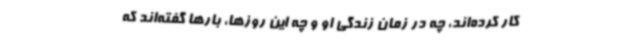
کار کرده‌اند، چه در زمان زندگی او و چه این روزها، بارها گفته‌اند که